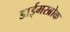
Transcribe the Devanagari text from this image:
डाईमरब्रोक